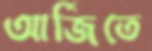
আর্জিতে